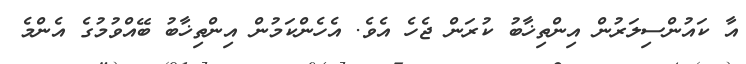
އާ ކައުންސިލަރުން އިންތިޚާބު ކުރަން ޖެހެ އެވެ. އެހެންކަމުން އިންތިޚާބު ބޭއްވުމުގެ އެންމެ